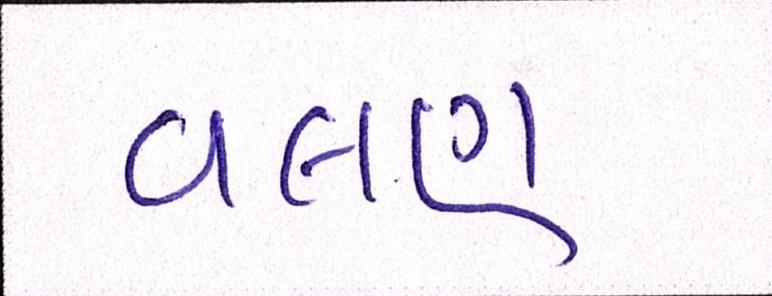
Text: વલણ